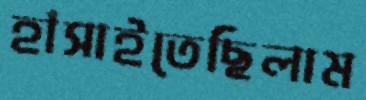
হাঁসাইতেছিলাম